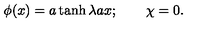
\phi ( x ) = a \tanh \lambda a x ; \qquad \chi = 0 .